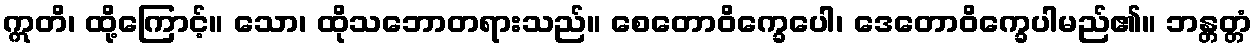
ဣတိ၊ ထို့ကြောင့်။ သော၊ ထိုသဘောတရားသည်။ စေတောဝိက္ခေပေါ၊ ဒေတောဝိက္ခေပါမည်၏။ ဘန္တတ္တံ